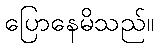
ပြောနေမိသည်။